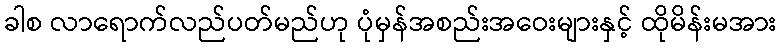
ခါစ လာရောက်လည်ပတ်မည်ဟု ပုံမှန်အစည်းအဝေးများနှင့် ထိုမိန်းမအား